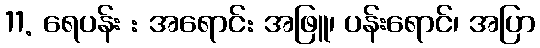
11. ရေပန်း : အရောင်: အဖြူ၊ ပန်းရောင်၊ အပြာ